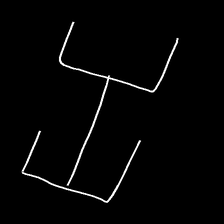
Glyph: entwine